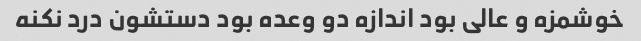
خوشمزه و عالی بود اندازه دو وعده بود دستشون درد نکنه